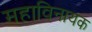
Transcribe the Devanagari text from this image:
महाविनायक